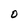
Character: O